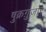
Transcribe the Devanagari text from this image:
षुक्रग़ुज़ार